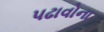
પઢાવોના